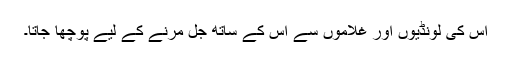
اس کی لونڈیوں اور غلاموں سے اس کے ساتھ جل مرنے کے لیے پوچھا جاتا۔